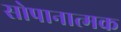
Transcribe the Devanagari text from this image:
सोपानात्मक